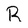
Character: R